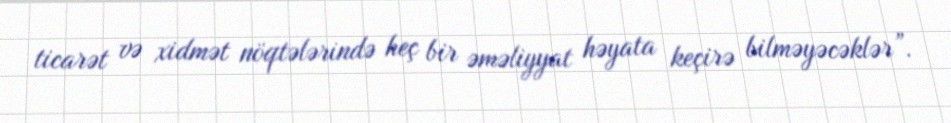
ticarət və xidmət nöqtələrində heç bir əməliyyat həyata keçirə bilməyəcəklər”.